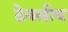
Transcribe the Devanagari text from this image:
ठेवलीच